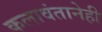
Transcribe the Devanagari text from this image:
कलावंतानेही